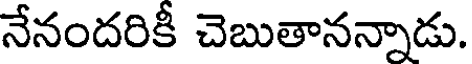
నేనందరికీ చెబుతానన్నాడు.